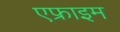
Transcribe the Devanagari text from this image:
एफ्राइम